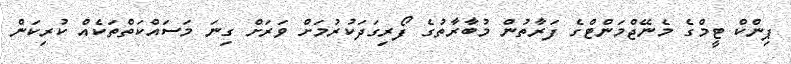
ޕިންކް ޓީމްގެ މެނޭޖްމަންޓްގެ ފަރާތުން މުބާރާތުގެ ފޯރިގަދަކުރުމަށް ވަރަށް ގިނަ މަސައްކަތްތަކެއް ކުރިކަން